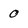
Character: 0